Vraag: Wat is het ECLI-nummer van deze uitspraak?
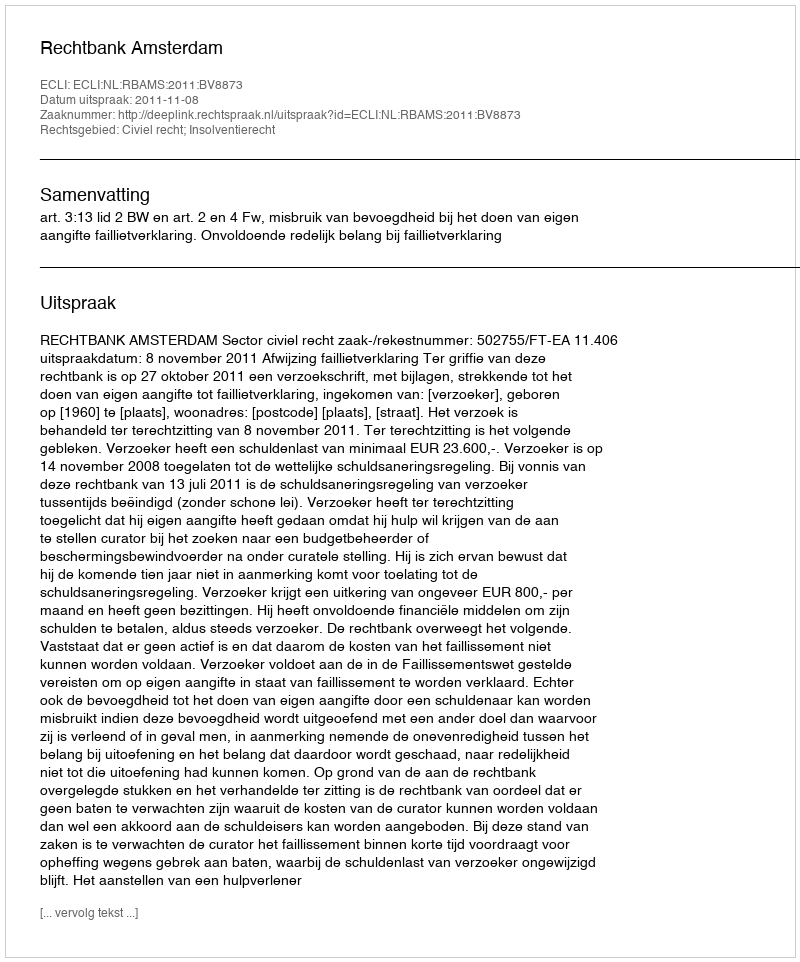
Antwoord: ECLI:NL:RBAMS:2011:BV8873